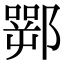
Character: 䣞